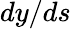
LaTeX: dy/ds